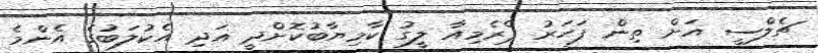
ޗެލްސީ އަށް ތިން ފަހަރު ޕްރެމިއާ ލީގު ކާމިޔާބުކޮށްދީ އަދި އެކުލަބުގެ އެންމެ